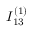
I _ { 1 3 } ^ { ( 1 ) }